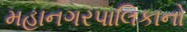
મહાનગરપાલિકાનો